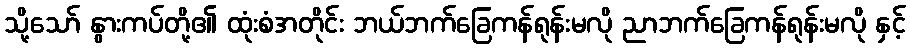
သို့သော် နွားကပ်တို့၏ ထုံးစံအတိုင်း ဘယ်ဘက်ခြေကန်ရုန်းမလို ညာဘက်ခြေကန်ရုန်းမလို နှင့်